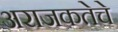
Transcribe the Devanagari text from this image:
अराजकतेचे